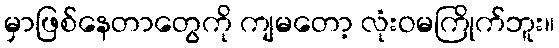
မှာဖြစ်နေတာတွေကို ကျမတော့ လုံးဝမကြိုက်ဘူး။